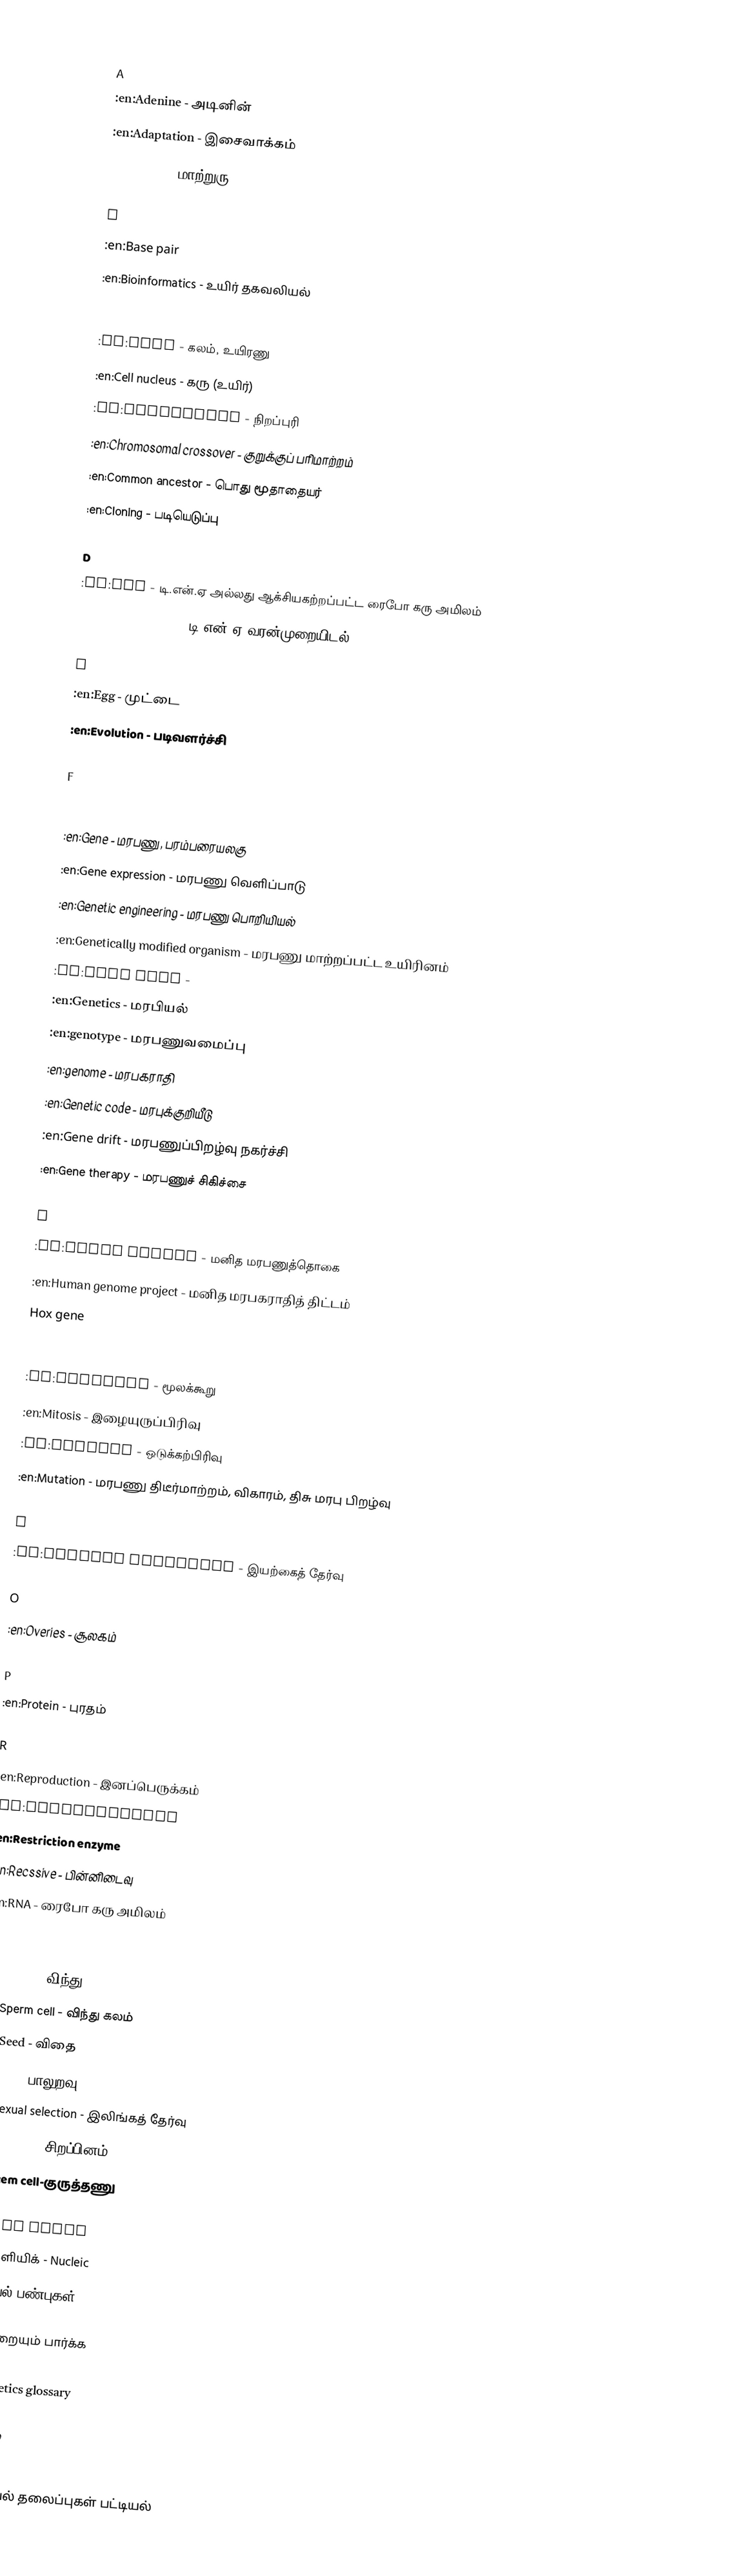

A
 :en:Adenine - அடினின்
 :en:Adaptation - இசைவாக்கம்
 :en:Allele - மாற்றுரு

B
 :en:Base pair
 :en:Bioinformatics - உயிர் தகவலியல்

C
 :en:Cell - கலம், உயிரணு
 :en:Cell nucleus - கரு (உயிர்)
 :en:Chromosome - நிறப்புரி
 :en:Chromosomal crossover - குறுக்குப் பரிமாற்றம்
 :en:Common ancestor - பொது மூதாதையர்
 :en:Cloning - படியெடுப்பு

D
 :en:DNA - டி.என்.ஏ அல்லது ஆக்சியகற்றப்பட்ட ரைபோ கரு அமிலம்
 :en:DNA sequencing - டி.என்.ஏ வரன்முறையிடல்

E
 :en:Egg - முட்டை
 :en:Evolution - படிவளர்ச்சி

F

G
 :en:Gene - மரபணு, பரம்பரையலகு
 :en:Gene expression - மரபணு வெளிப்பாடு
 :en:Genetic engineering - மரபணு பொறியியல்
 :en:Genetically modified organism - மரபணு மாற்றப்பட்ட உயிரினம்
 :en:Gene pool -
 :en:Genetics - மரபியல்
 :en:genotype - மரபணுவமைப்பு
 :en:genome - மரபகராதி
 :en:Genetic code - மரபுக்குறியீடு
 :en:Gene drift - மரபணுப்பிறழ்வு நகர்ச்சி
 :en:Gene therapy - மரபணுச் சிகிச்சை

H
 :en:Human genome - மனித மரபணுத்தொகை
 :en:Human genome project - மனித மரபகராதித் திட்டம்
 Hox gene

M
 :en:Molecule - மூலக்கூறு
 :en:Mitosis - இழையுருப்பிரிவு
 :en:Meiosis - ஒடுக்கற்பிரிவு
 :en:Mutation - மரபணு திடீர்மாற்றம், விகாரம், திசு மரபு பிறழ்வு

N
 :en:Natural selection - இயற்கைத் தேர்வு

O
 :en:Overies - சூலகம்

P
 :en:Protein - புரதம்

R
 :en:Reproduction - இனப்பெருக்கம்
 :en:Reprogramming
 :en:Restriction enzyme
 :en:Recssive - பின்னிடைவு
 :en:RNA - ரைபோ கரு அமிலம்

S
 :en:Sperm - விந்து
 :en:Sperm cell - விந்து கலம்
 :en:Seed - விதை
 :en:Sex - பாலுறவு
 :en:Sexual selection - இலிங்கத் தேர்வு
 :en:Species - சிறப்பினம்
 :en:Stem cell-குருத்தணு

Other Words
 நியூக்ளியிக் - Nucleic
 உயிரியல் பண்புகள் ?? - species characteristics, traits

இவற்றையும் பார்க்க
 :en:List of basic genetics topics
 :en:Genetics glossary

உயிரியல்
மரபியல்
அறிவியல் தலைப்புகள் பட்டியல்